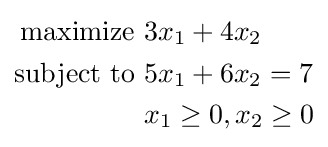
{\begin{aligned}{\text{maximize }}&3x_{1}+4x_{2}\\{\text{subject to }}&5x_{1}+6x_{2}=7\\&x_{1}\geq 0,x_{2}\geq 0\end{aligned}}